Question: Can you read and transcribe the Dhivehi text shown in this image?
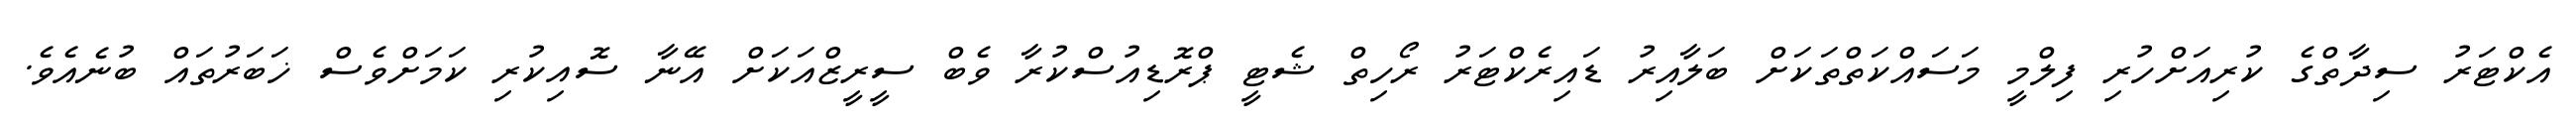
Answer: އެކްޓަރު ސިދާތްގެ ކުރިއަށްހުރި ފިލްމީ މަސައްކަތްތަކަށް ބަލާއިރު ޑައިރެކްޓަރު ރޯހިތް ޝެޓީ ޕްރޮޑިއުސްކުރާ ވެބް ސީރީޒްއަކަށް އޭނާ ސޮއިކުރި ކަމަށްވެސް ޚަބަރުތައް ބުނެއެވެ.